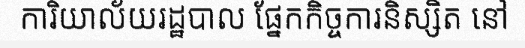
ការិយាល័យរដ្ឋបាល ផ្នែកកិច្ចការនិស្សិត នៅ